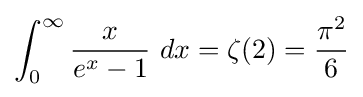
\int _{0}^{\infty }{\frac {x}{e^{x}-1}}\ dx=\zeta (2)={\frac {\pi ^{2}}{6}}